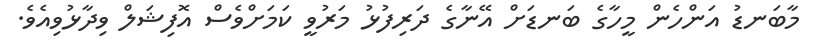
މާބަނޑު އަންހެން މީހާގެ ބަނޑަށް އޭނާގެ ދަރިފުޅު މަރުވީ ކަމަށްވެސް އޮފިޝަލް ވިދާޅުވިއެވެ.